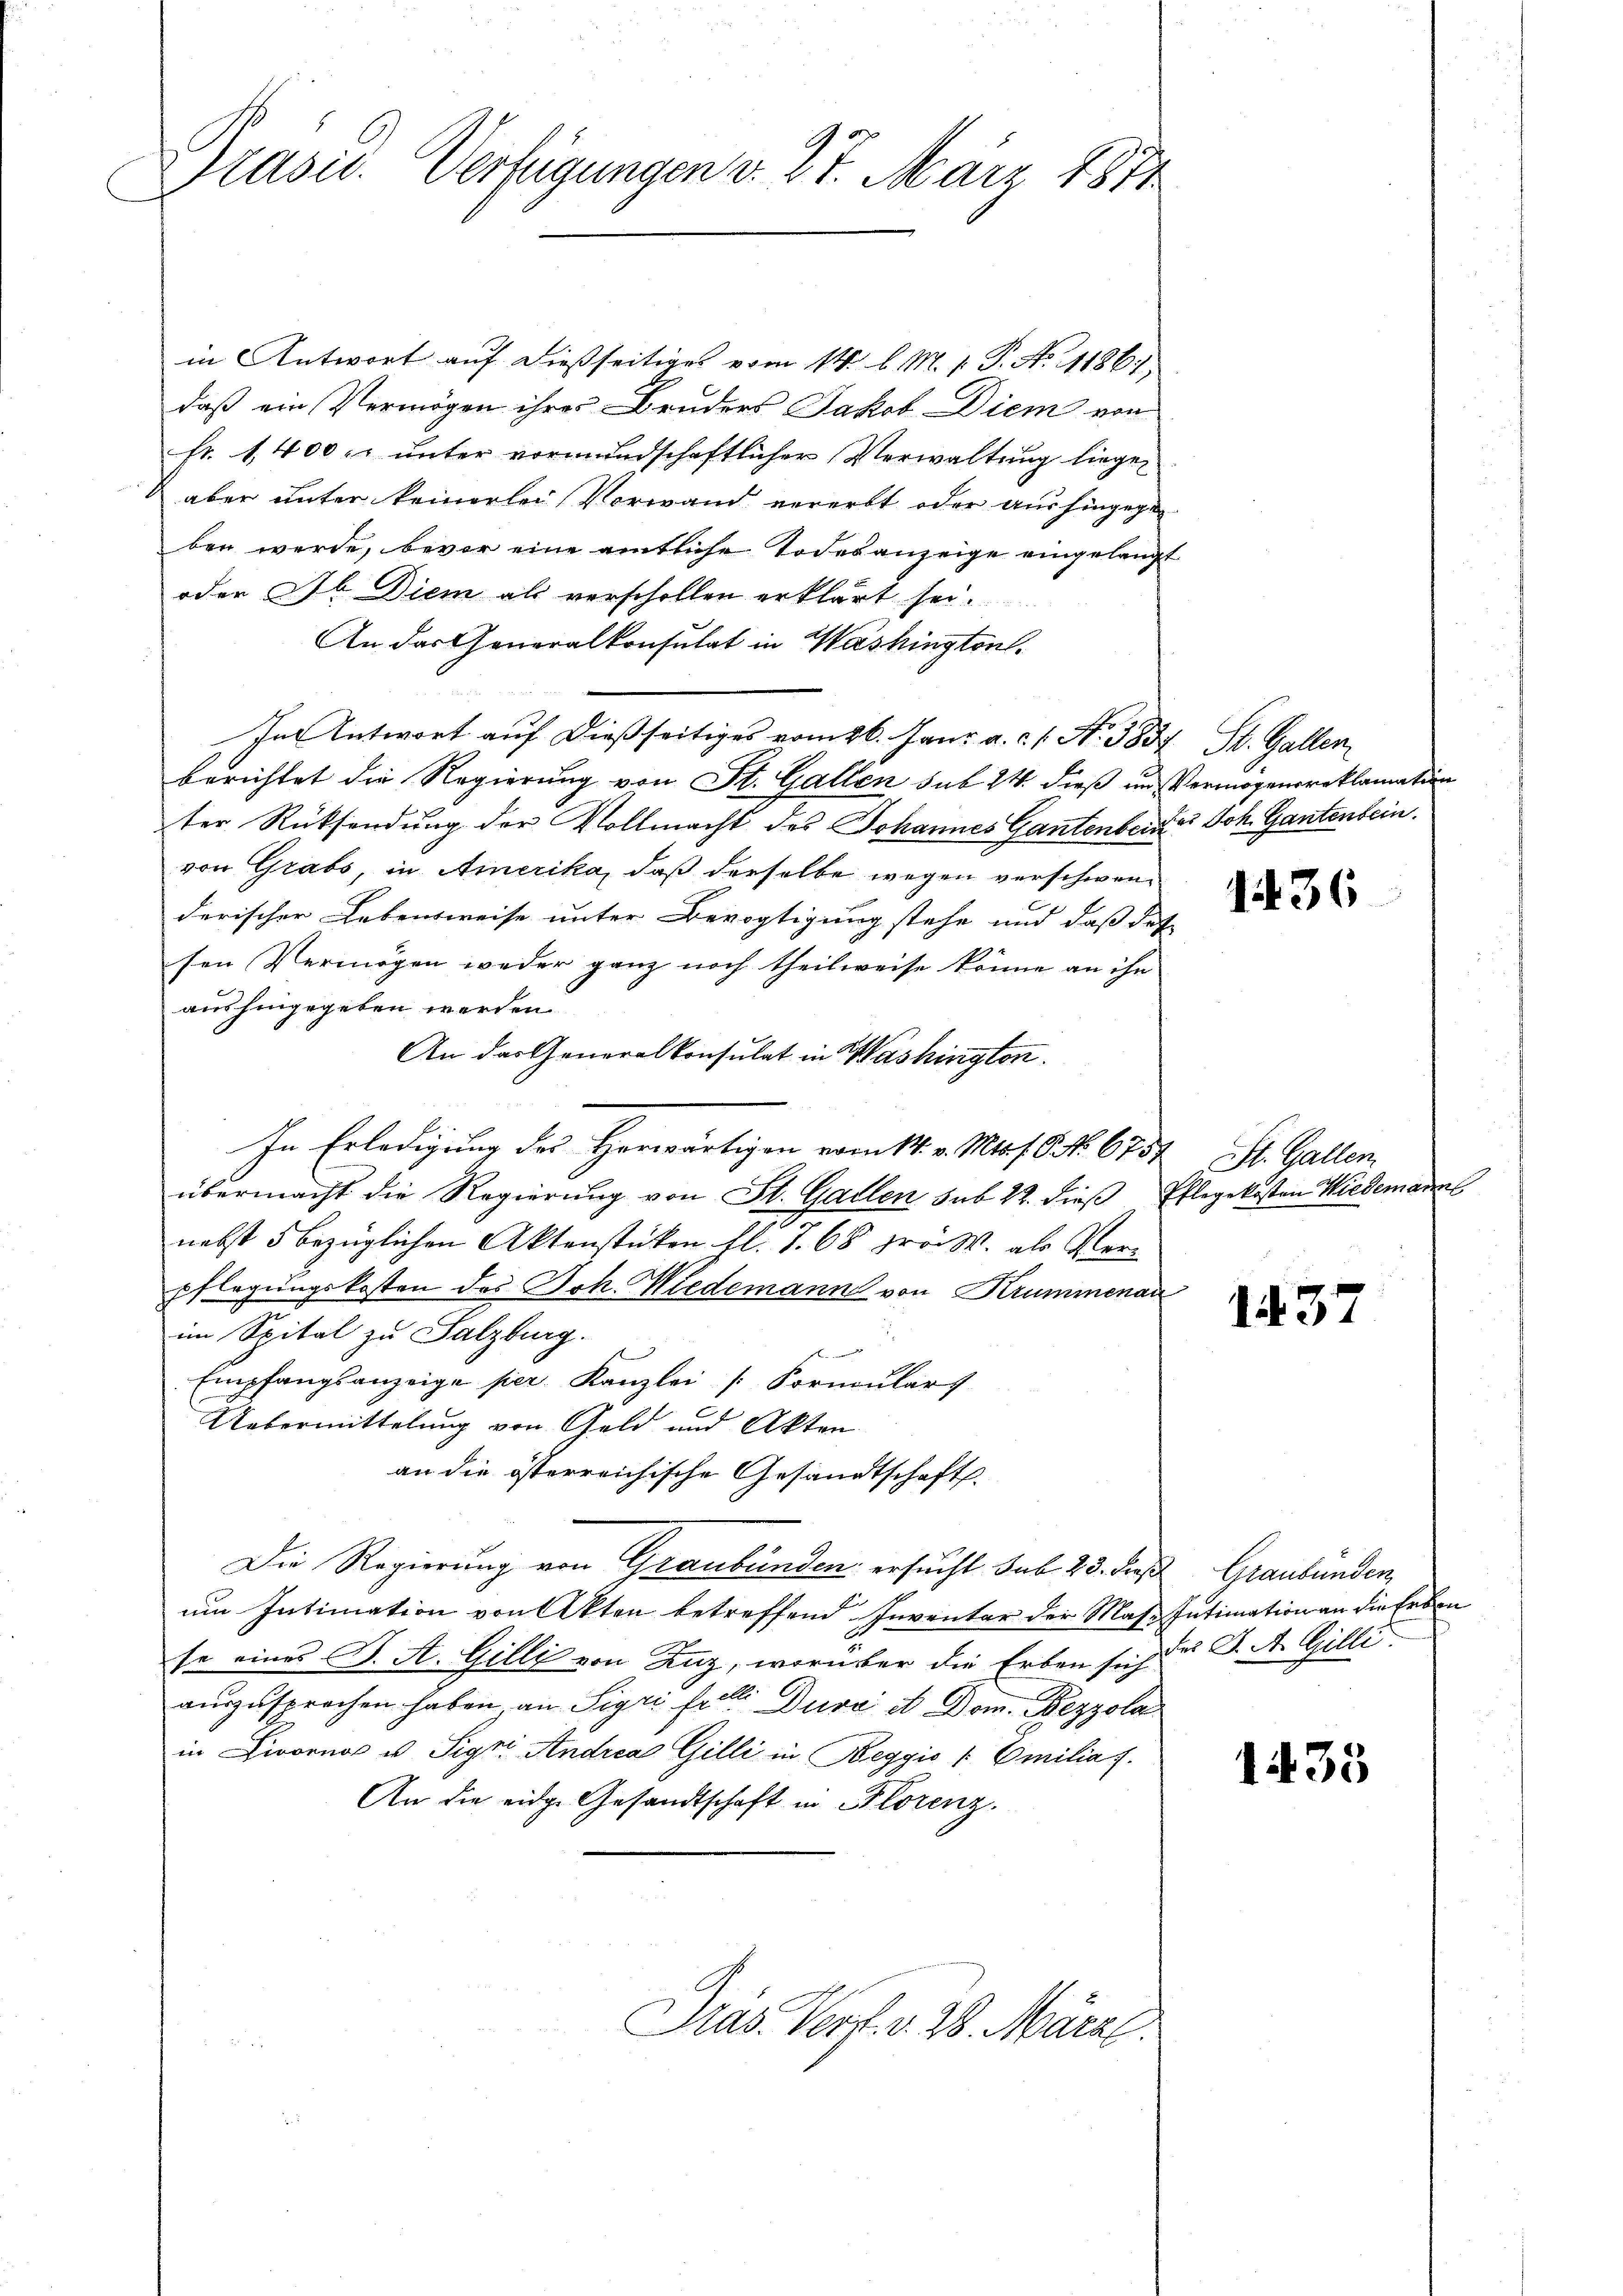
Präsid. Verfügungen v. 27. März 1871

in Antwort auf dießseitiges vom 14. d. M. v. P. No 1186
daß ein Vermögen ihres Bruders Jakob Diem von
fr. 1,400 u. ŭnter vormundschaftlicher Verwaltung liegen
aber unter keinerlei Vorwand vererbt oder aushingegen
ben werde, bevor eine amtliche Todesanzeige eingelangt
oder Dr. Diem als verschollen erklärt sei.
An das Generalkonsulat in Washingtonl.
In Antwort auf dießseitiges vom 26. Janr. a. c. s. N. 3834 St. Gallen
berichtet die Regierung von St. Gallen sub 24 dieß und Vermögensreklamation
ter Rücksendung der Vollmacht des Johannes Gantenberges Joh. Gantenbein.
von Grabs, in Amerika, daß derselbe wegen verschwenderischer Lebensweise unter Bevogtigung stehe und daß das
sen Vermögen weder ganz noch theilweise könne an ihn
aushingegeben werden.
An das Generalkonsulat in Washington.
In Erledigung des Herwärtigen vom 14. v. Mts. f. 9 No 6752 St. Gallen,
übermacht die Regierung von St. Gallen sub 22. dieß Pflegekosten Wiederar
nebst 5 bezüglichen Aktenstücken fl. 7. 68 prov. als Verpflegungskosten des Joh. Wiedemann von Krummenau
im Spital zu Salzburg.
Empfangsanzeige per. Kanzlei [Formulars
Uebermittelung von Geld und Akten
an die österreichische Gesandtschaft.
Die Regierung von Graubünden ersucht sub 23. die Graubünden
um Intimation von Akten betreffend Inventar der Mas. Intimation an die Erben
se eines B. A. Gilli von Zuz, worüber die Erben sich der A. A. Gilli
auszusprochen haben, an Sigri fell. Dura et Dom. Bezzola
in Livorno u. Sigri Andria Gilli in Reggić u. Emiliat.
An die eidge Gesandtschaft in Florenz.

Pras. Vers. v. 28. März.

1436

137

1435